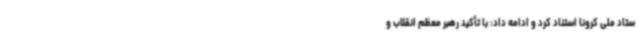
ستاد ملی کرونا استناد کرد و ادامه داد: با تأکید رهبر معظم انقلاب و